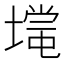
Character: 𡐃